Document type: Fief grant
Year: 1411
Scribe: Arnau de Lledó
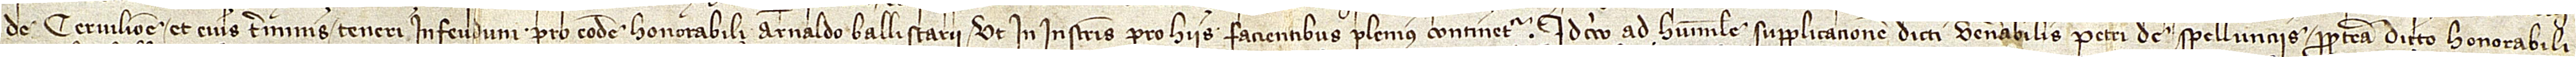
de Cervilione et eius terminis teneri in feudum pro eodem honorabili Arnaldo Ballistarii, ut in instrumentis pro hiis facientibus plenius continetur; idcirco, ad humilem supplicacionem dicti venerabilis Petri de Spellunciis propterea dicto honorabili